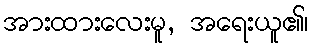
အားထားလေးမူ, အရေးယူ၏၊